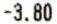
-3.80